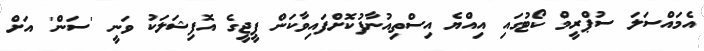
އެމައްސަލަ ސުޕްރީމް ކޯޓުގައި އިއްޔެ އިސްތިއުނާފުކޮށްފައިވާކަން ޕީޖީގެ އޮފިޝަލަކު ވަނީ 'ސަން' އަށް